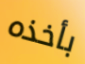
بأخذه